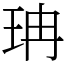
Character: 珃